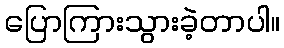
ပြောကြားသွားခဲ့တာပါ။